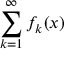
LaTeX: \sum _ { k = 1 } ^ { \infty } f _ { k } ( x )